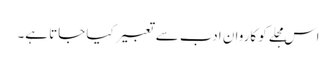
اس مجلے کو کاروان ادب سے تعبیر کیا جاتا ہے۔